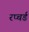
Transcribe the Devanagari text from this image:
रप्चर्ड